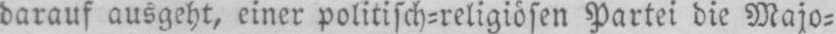
darauf ausgeht, einer politisch⸗religiösen Partei die Majo⸗